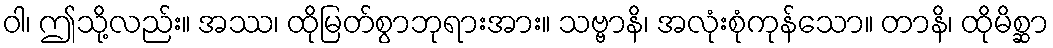
ဝါ၊ ဤသို့လည်း။ အဿ၊ ထိုမြတ်စွာဘုရားအား။ သဗ္ဗာနိ၊ အလုံးစုံကုန်သော။ တာနိ၊ ထိုမိစ္ဆာ